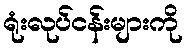
ရုံးလုပ်ငန်းများကို